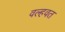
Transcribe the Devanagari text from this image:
वल्हवत